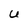
Character: U